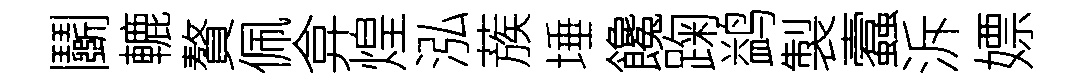
鬬轆贅佩弇煌泓蔟埵饞踘鹢製蠧泝嫖